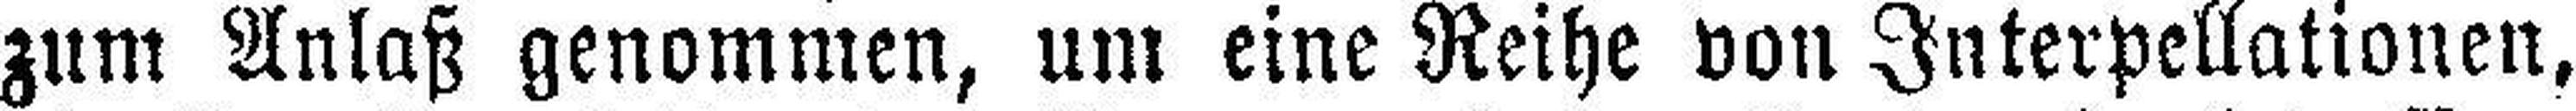
zum Anlaß genommen, um eine Reihe von Interpellationen,